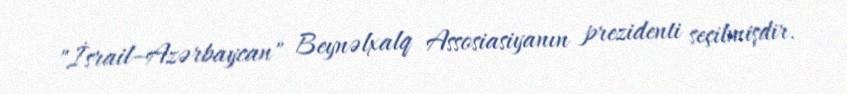
"İsrail–Azərbaycan" Beynəlxalq Assosiasiyanın prezidenti seçilmişdir.